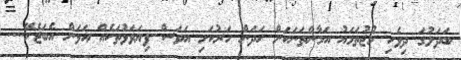
ބަދަލުގަ ދިވެހި މުޖުތަމައު އަމާންތަނަކަށް ހަދަން ހަރުކަށި އަވަސް ފިޔަވަޅުތަކެއް އަޅަން އެބަޖެހޭ....